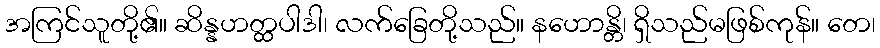
အကြင်သူတို့၏။ ဆိန္နဟတ္ထပါဒါ၊ လက်ခြေတို့သည်။ နဟောန္တိ၊ ရှိသည်မဖြစ်ကုန်။ တေ၊